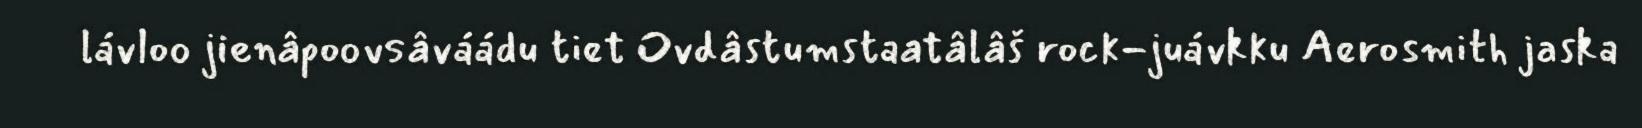
lávloo jienâpoovsâváádu tiet Ovdâstumstaatâlâš rock-juávkku Aerosmith jaska